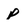
Character: p